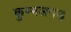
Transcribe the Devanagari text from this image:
कुम्भलगड़